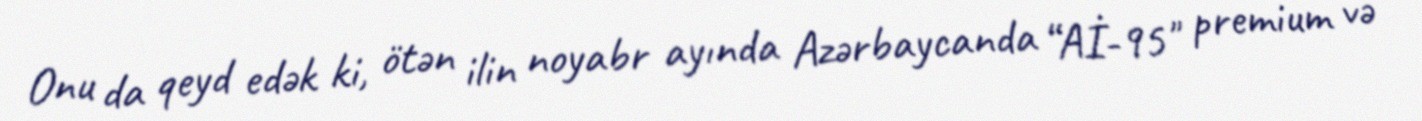
Onu da qeyd edək ki, ötən ilin noyabr ayında Azərbaycanda “Aİ-95" premium və